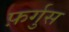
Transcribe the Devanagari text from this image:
फ़र्गुस